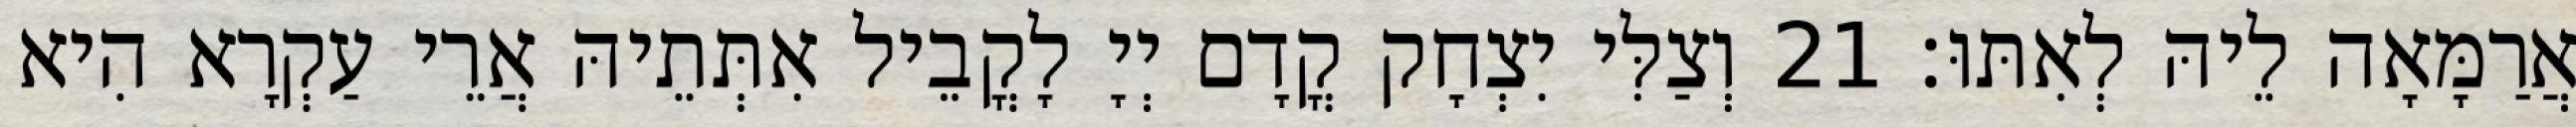
אֲרַמָּאָה לֵיהּ לְאִתּוּ׃ 21 וְצַלִּי יִצְחָק קֳדָם יְיָ לָקֳבֵיל אִתְּתֵיהּ אֲרֵי עַקְרָא הִיא